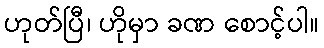
ဟုတ်ပြီ၊ ဟိုမှာ ခဏ စောင့်ပါ။